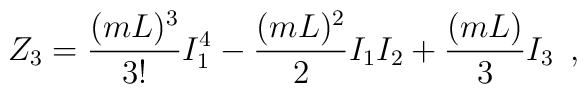
Z_3 = \frac{(m L)^3}{3!} I_1^4 - \frac{(m L)^2}{2} I_1 I_2 + \frac{(m L)}{3} I_3 \,\,\, ,